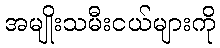
အမျိုးသမီးငယ်များကို